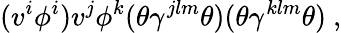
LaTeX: (v^{i}\phi^{i})v^{j}\phi^{k}(\theta\gamma^{jlm}\theta)(\theta\gamma^{klm}\theta)~,